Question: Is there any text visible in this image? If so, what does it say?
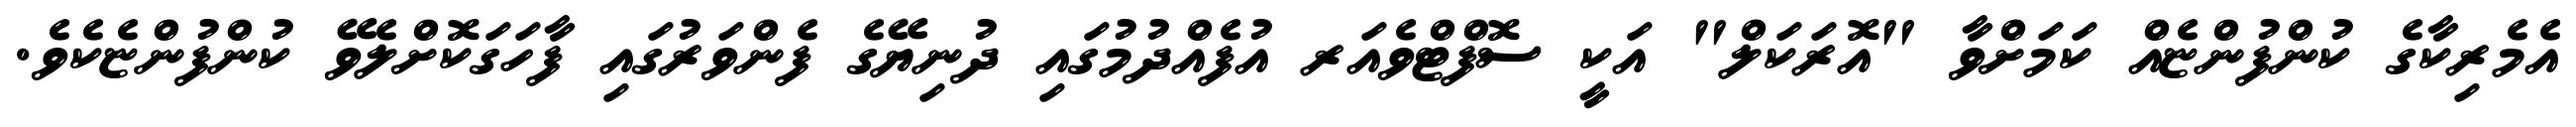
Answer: އެމެރިކާގެ ކުންފުންޏެއް ކަމަށްވާ "އޮރަކަލް" އަކީ ސޮފްޓްވެއަރ އުފެއްދުމުގައި ދުނިޔޭގެ ފެންވަރުގައި ފާހަގަކޮށްލެވޭ ކުންފުންޏެކެވެ.